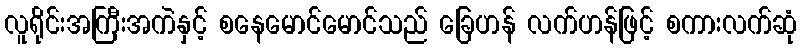
လူရိုင်းအကြီးအကဲနှင့် စနေမောင်မောင်သည် ခြေဟန် လက်ဟန်ဖြင့် စကားလက်ဆုံ